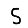
Digit: 5